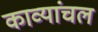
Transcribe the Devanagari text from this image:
काव्यांचल